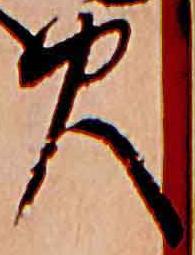
火